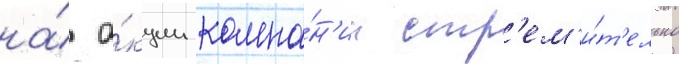
на́ а́кции компа́н'ии стр'ем'и́т'ельно